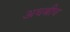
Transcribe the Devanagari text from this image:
अधबीच